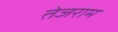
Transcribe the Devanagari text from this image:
तेजराम